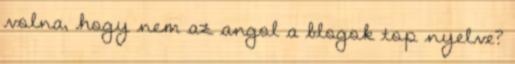
volna, hogy nem az angol a blogok top nyelve?